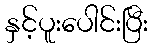
နှင့်ပူးပေါင်းပြီး